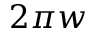
2 \pi w